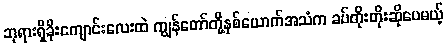
ဘုရားရှိခိုးကျောင်းလေးထဲ ကျွန်တော်တို့နှစ်ယောက်အသံက ခပ်တိုးတိုးဆိုပေမယ့်